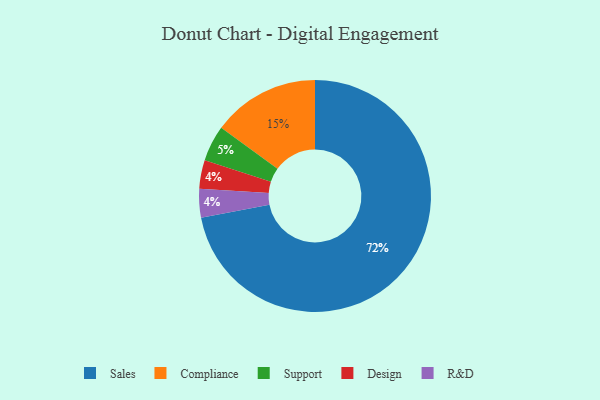
{"axis": {"x": "Category", "y": "Percentage"}, "legend": ["Compliance", "Design", "R&D", "Sales", "Support"], "data": [{"x": "Sales", "y": 72, "type": "Sales"}, {"x": "Design", "y": 4, "type": "Design"}, {"x": "Support", "y": 5, "type": "Support"}, {"x": "Compliance", "y": 15, "type": "Compliance"}, {"x": "R&D", "y": 4, "type": "R&D"}]}